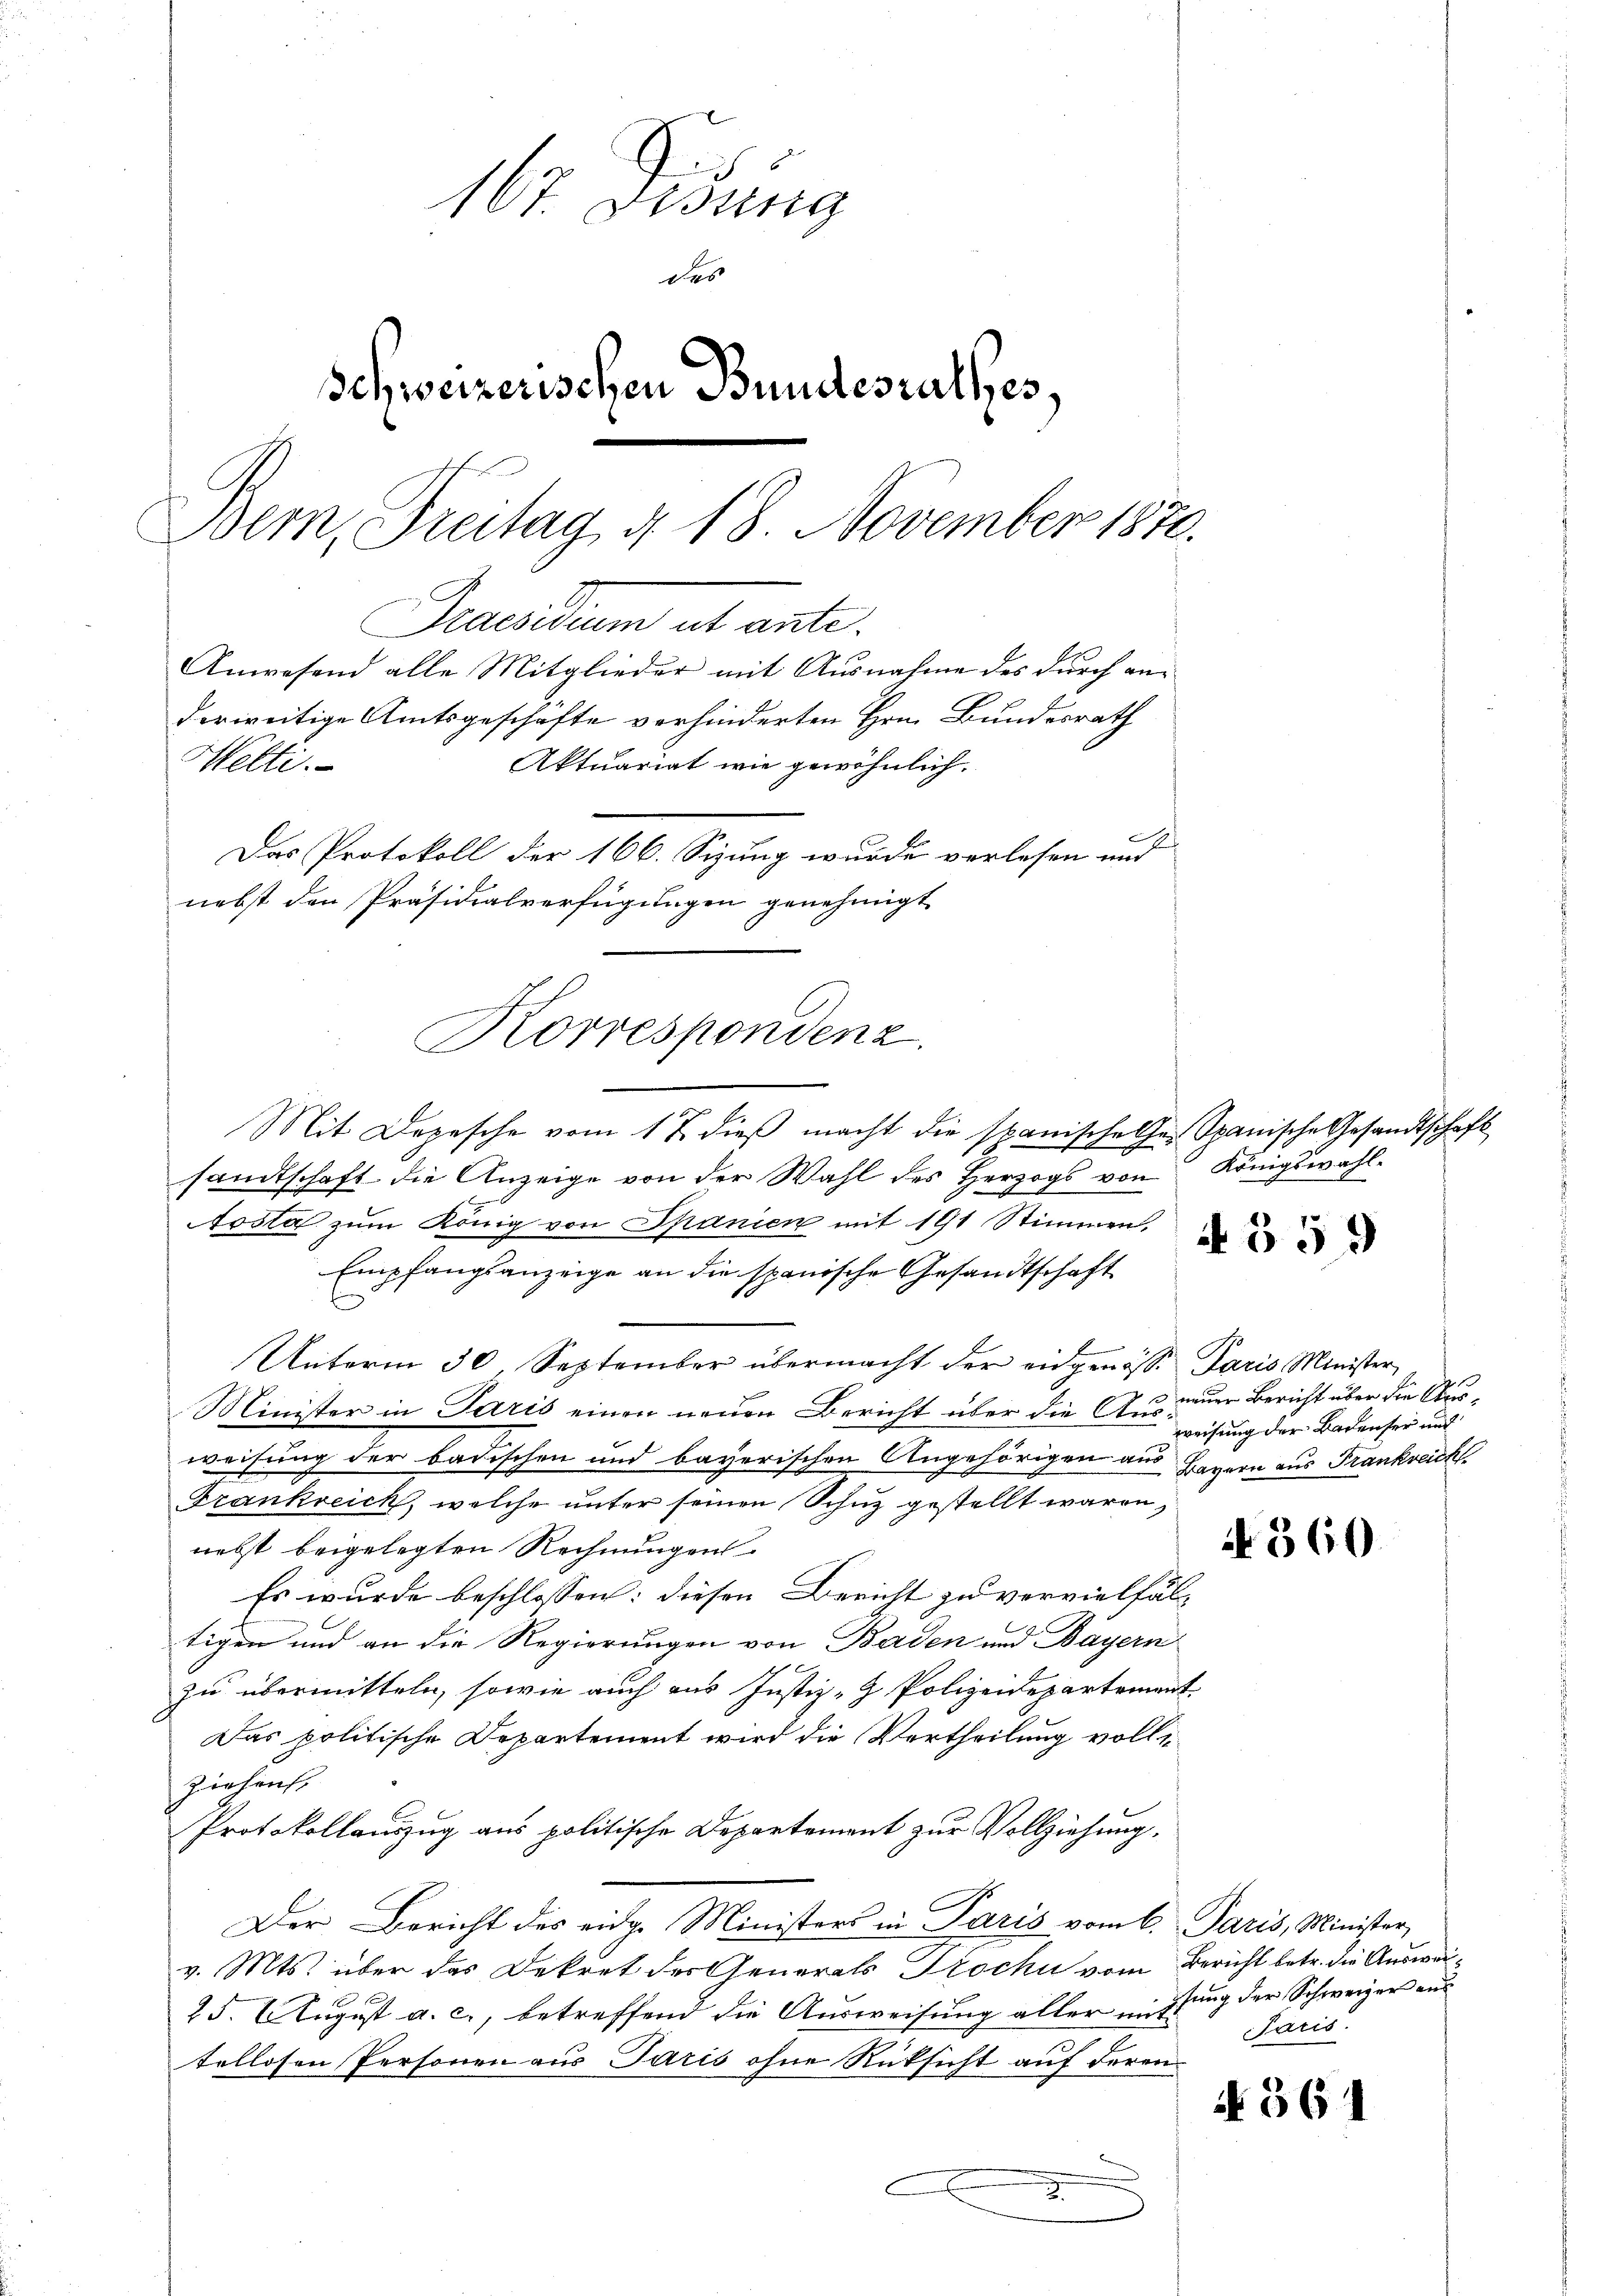
167. Disung
des
Schweizerischen Bundesrathes,
Bem, Freitag 4. 18. November 1870.
Gruendum ab ante.
Anwesend alle Mitglieder mit Ausnahme des durch anderweitige Amtsgeschäfte verhinderten Hrn. Bundesrath
Aktuariat wie gewöhnlich.
Welti.
Das Protokoll der 166. Syung wurde verlesen und
nebst den Präsidialverfügungen genehmigt.

a
Korrespondenz

Mit Depesche vom 17. dieß macht die spanischehe. Spanische Gesandtschaft
sandtschaft die Anzeige von der Wahl des Herzogs von Königswahl-
osta zum König von Spanien mit 191 Stimmen,
Empfangsanzeige an die spanische Gesandtschaft
Unterm 30. September übermacht der eidgenösse Paris Minister,
u
Minister in Paris einen neuen Bericht über die Ausweisung der badischen und bayerischen Angehörigen aus Bayern aus Frankreich
Frankreich, welche unter seinen Schuz gestellt waren,
nebst beigelegten Rechnungen
Es wurde beschlossen: diesen Bericht zu vervielfältigen und an die Regierungen von Baden und Bayern
zu übermitteln, sowie auch aus Justiz- & Polizeidepartement
Das politische Departement wird die Vertheilung vollziehen.
Protokollauszug aus politische Departement zur Vollziehung.
Der Bericht des eidg. Ministers in Paris vom 6. Paris, Minister,
v. Mts. über das Dekret der Generals Prochi vom Bericht betr. die Auswei¬
25. August a. c., betreffend die Ausweisung aller mittung der Schweizer aus
tellosen Personen aus Paris ohne Rücksicht auf deren
2
e

A 359

3 neuer Bericht über die Ausweisung der Badenser und

N 360

Paris.

N 561